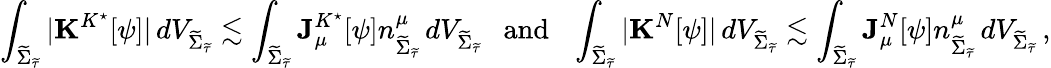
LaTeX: \int_{{\widetilde{\Sigma}_{\widetilde{\tau}}}}|\mathbf{K}^{K^{\star}}[\psi]|\, dV_{{\widetilde{\Sigma}_{\widetilde{\tau}}}}\lesssim\int_{{\widetilde{\Sigma}_{\widetilde{\tau}}}}\mathbf{J}_{\mu}^{K^{\star}}[\psi]n_{{\widetilde{\Sigma}_{\widetilde{\tau}}}}^{\mu}\, dV_{{\widetilde{\Sigma}_{\widetilde{\tau}}}}\ \ \ \textrm{and}\ \ \ \int_{{\widetilde{\Sigma}_{\widetilde{\tau}}}}|\mathbf{K}^{N}[\psi]|\, dV_{{\widetilde{\Sigma}_{\widetilde{\tau}}}}\lesssim\int_{{\widetilde{\Sigma}_{\widetilde{\tau}}}}\mathbf{J}_{\mu}^{N}[\psi]n_{{\widetilde{\Sigma}_{\widetilde{\tau}}}}^{\mu}\, dV_{{\widetilde{\Sigma}_{\widetilde{\tau}}}}\, ,